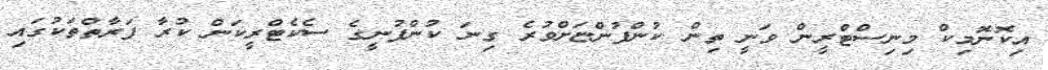
އިކޮނޮމިކް މިނިސްޓްރީން ވަނީ ތިން ކުންފުންޏަށްވުރެ ގިނަ ކުންފުނީގެ ސެކެޓްރީކަން ކުރާ ފަރާތްތަކުގައި